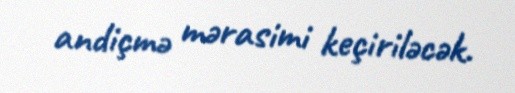
andiçmə mərasimi keçiriləcək.